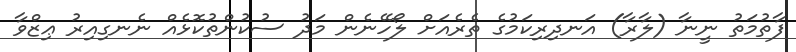
ފާތުމަތު ނީނާ (ލާރާ) އަނދިރިކަމުގެ ތެރެއަށް ލޯހޭނެން މަދު ސުކުންތުކޮޅެއް ނެނގިއިރު ޢިޒްވާ